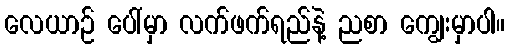
လေယာဉ် ပေါ်မှာ လက်ဖက်ရည်နဲ့ ညစာ ကျွေးမှာပါ။